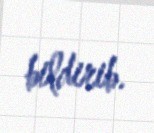
bildirib.